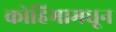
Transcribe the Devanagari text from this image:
कोहिमामधून